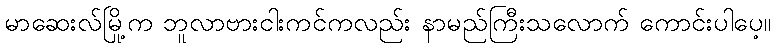
မာဆေးလ်မြို့က ဘူလာဗားငါးကင်ကလည်း နာမည်ကြီးသလောက် ကောင်းပါပေ့။